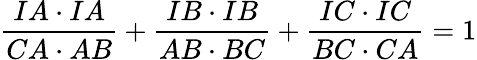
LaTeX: {\frac{IA\cdot IA}{CA\cdot AB}}+{\frac{IB\cdot IB}{AB\cdot BC}}+{\frac{IC\cdot IC}{BC\cdot CA}}=1